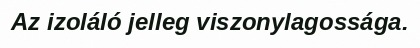
Az izoláló jelleg viszonylagossága.